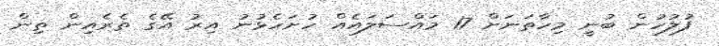
ފުލުހުން ބުނީ މިހާތަނަށް 17 މައްސަލައެއް ހުށަހެޅުނު އިރު އޭގެ ތެރެއިން ތިން